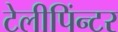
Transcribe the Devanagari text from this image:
टेलीपिंन्टर